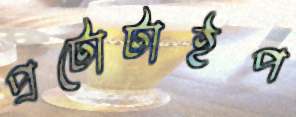
প্রটোটাইপ